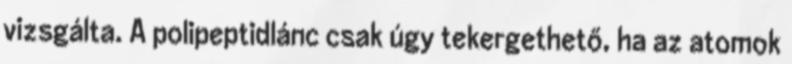
vizsgálta. A polipeptidlánc csak úgy tekergethető, ha az atomok